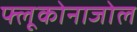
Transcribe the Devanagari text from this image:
फ्लूकोनाजोल